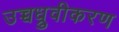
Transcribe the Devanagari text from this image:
उच्चध्रुवीकरण